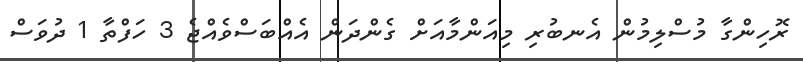
ރޮހިންގާ މުސްލިމުން އެނބުރި މިއަންމާއަށް ގެންދަން އެއްބަސްވެއްޖެ 3 ހަފްތާ 1 ދުވަސް